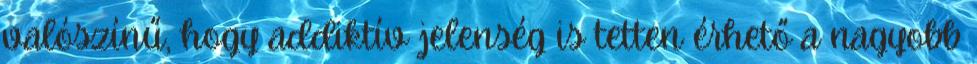
valószínű, hogy addiktív jelenség is tetten érhető a nagyobb